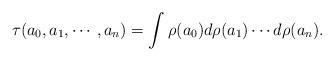
LaTeX: \begin{align*}\tau(a_0,a_1,\cdots,a_n) = \int \rho(a_0) d\rho(a_1) \cdots d\rho(a_n).\end{align*}